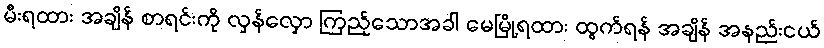
မီးရထား အချိန် စာရင်းကို လှန်လှော ကြည့်သောအခါ မေမြို့ရထား ထွက်ရန် အချိန် အနည်းငယ်